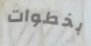
بخطوات